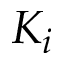
K _ { i }